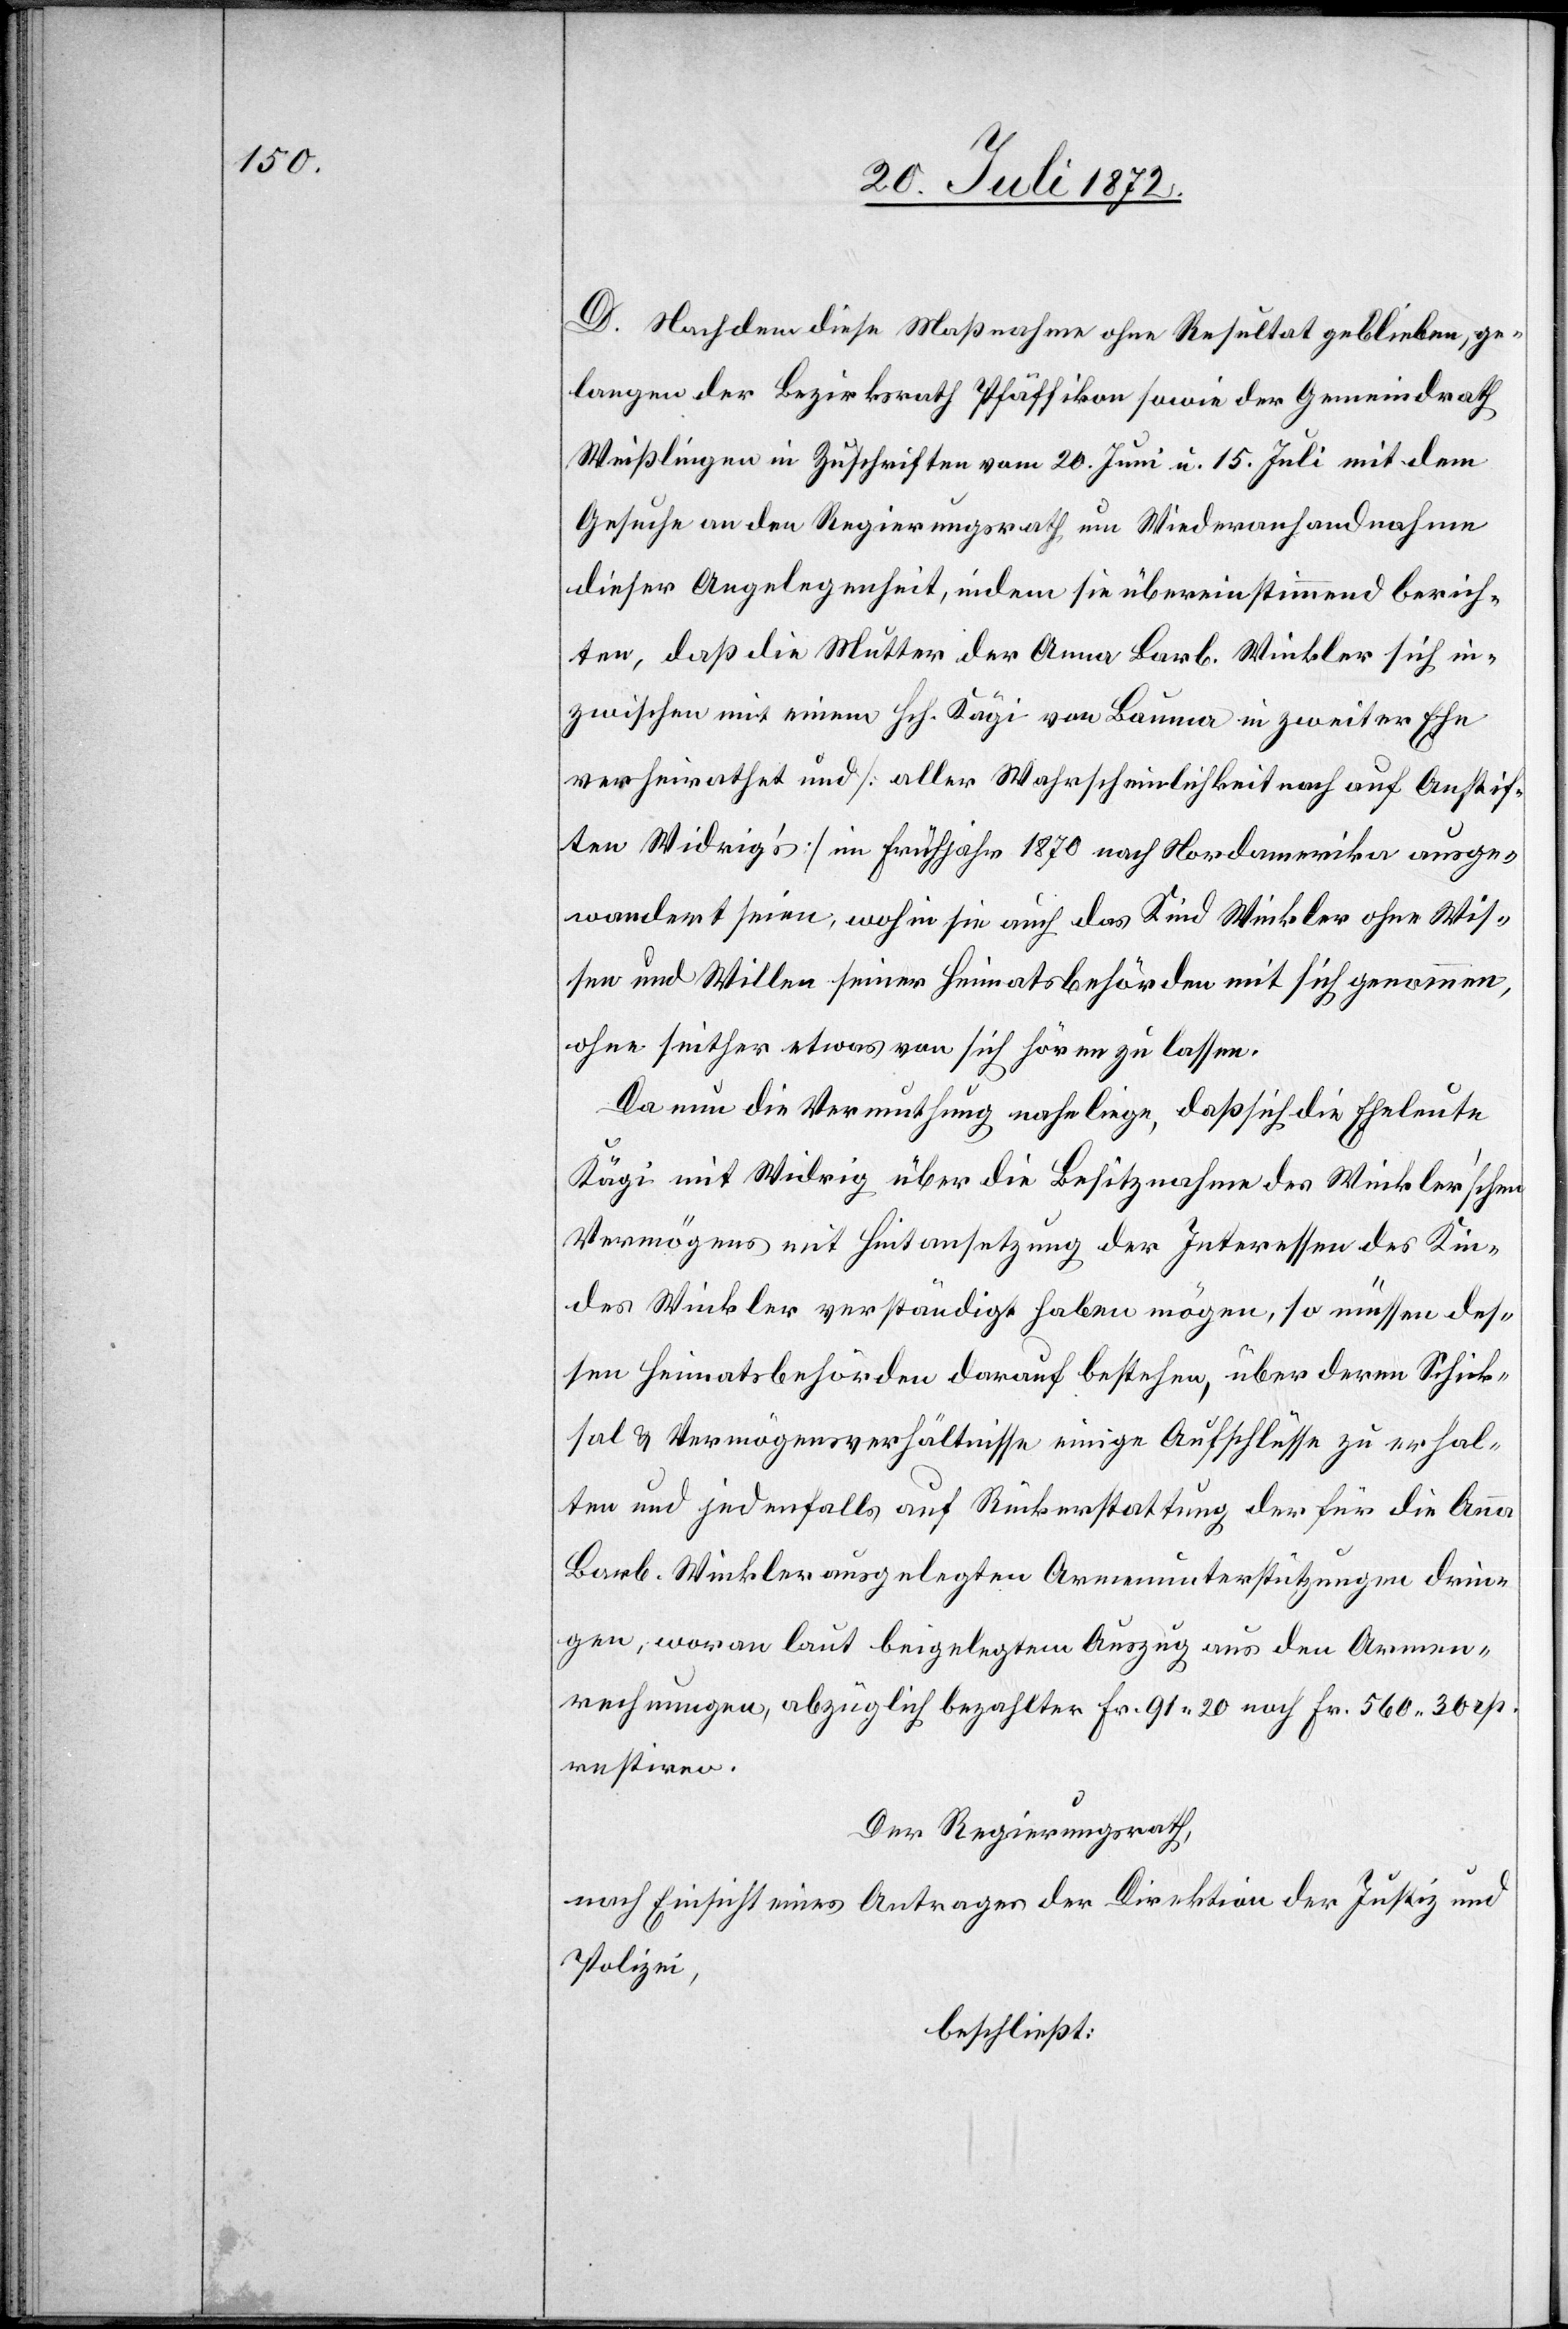
D. Nachdem diese Maßnahme ohne Resultat geblieben, ge¬
langen der Bezirksrath Pfäffikon sowie der Gemeindrath
Weißlingen in Zuschriften vom 20. Juni u. 15. Juli mit dem
Gesuche an den Regierungsrath um Wiederanhandnahme
dieser Angelegenheit, indem sie übereinstimmend berich¬
ten, daß die Mutter der Anna Barb. Winkler sich in¬
zwischen mit einem Hch. Kägi von Bauma in zweiter Ehe
verheirathet und [aller Wahrscheinlichkeit nach auf Anstif¬
ten Widrig’s] im Frühjahr 1870 nach Nordamerika ausge¬
wandert seien, wohin sie auch das Kind Winkler ohne Wis¬
sen und Willen seiner Heimatsbehörde mit sich genommen,
ohne seither etwas von sich hören zu lassen.
Da nun die Vermuthung nahe liege, daß sich die Eheleute
Kägi mit Widrig über die Besitznahme des Winkler’schen
Vermögens mit Hintansetzung der Interessen des Kin¬
des Winkler verständigt haben mögen, so müssen des¬
sen Heimatsbehörden darauf bestehen, über deren Schick¬
sal u. Vermögensverhältnisse einige Aufschlüsse zu erhal¬
ten und jedenfalls auf Rückerstattung der für die Anna
Barb. Winkler ausgelegten Armenunterstützungen drin¬
gen, woran laut beigelegtem Auszug aus den Armen¬
rechnungen, abzüglich bezahlter Fr. 91 20 noch Fr. 560 30 rp.
restiren.
Der Regierungsrath,
nach Einsicht eines Antrages der Direktion der Justiz und
Polizei,
beschließt: